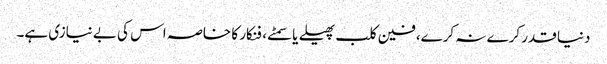
دنیا قدر کرے نہ کرے، فین کلب پھیلے یا سمٹے، فنکار کا خاصہ اس کی بے نیازی ہے۔